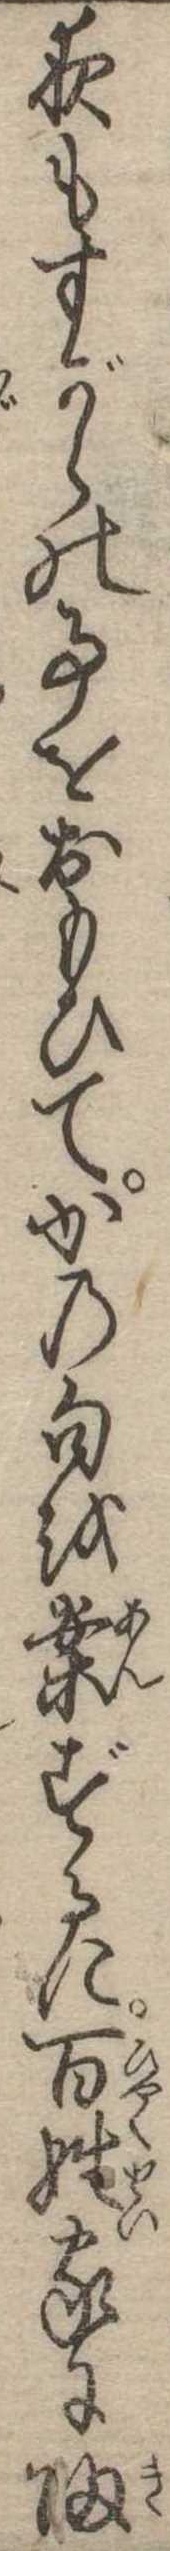
夜もすがらの事をおもひてかの句を案ずるに百姓家に帰